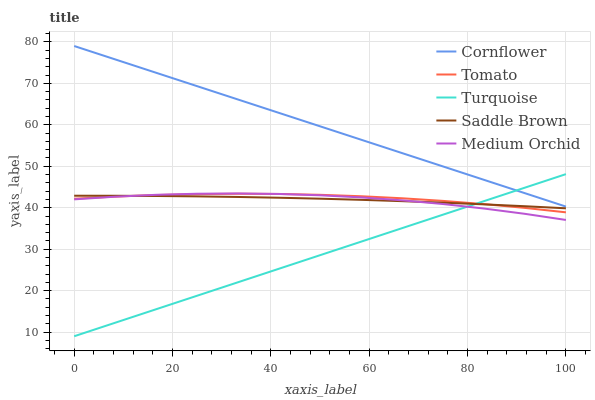
| xaxis_label | Cornflower | Tomato | Turquoise | Saddle Brown | Medium Orchid |
 | --- | --- | --- | --- | --- | --- |
 | 0 | 79 | 42.2 | 9 | 42.9 | 42 |
 | 8.33 | 75.8 | 42.7 | 12.3 | 42.9 | 42.7 |
 | 16.7 | 72.5 | 43.1 | 15.5 | 42.8 | 43.1 |
 | 25 | 69.3 | 43.3 | 18.8 | 42.7 | 43.4 |
 | 33.3 | 66.1 | 43.4 | 22 | 42.6 | 43.4 |
 | 41.7 | 62.9 | 43.3 | 25.3 | 42.4 | 43.3 |
 | 50 | 59.6 | 43.1 | 28.5 | 42.2 | 43 |
 | 58.3 | 56.4 | 42.8 | 31.8 | 41.9 | 42.5 |
 | 66.7 | 53.2 | 42.3 | 35.1 | 41.6 | 41.8 |
 | 75 | 50 | 41.6 | 38.3 | 41.2 | 40.9 |
 | 83.3 | 46.7 | 40.9 | 41.6 | 40.8 | 39.8 |
 | 91.7 | 43.5 | 40 | 44.8 | 40.4 | 38.5 |
 | 100 | 40.3 | 38.9 | 48.1 | 39.9 | 37.1 |